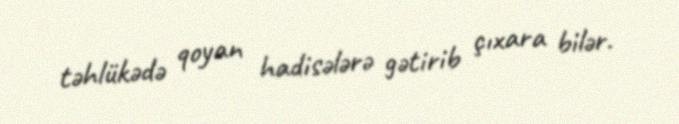
təhlükədə qoyan hadisələrə gətirib çıxara bilər.